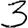
Digit: 3